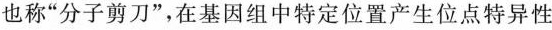
也称”分子剪刀”，在基因组中特定位置产生位点特异性